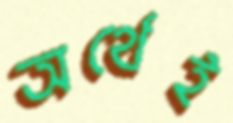
অর্থেই